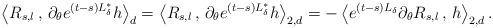
LaTeX: \begin{align*}\left\langle R_{s, l}\, ,\, \partial_{ \theta} e^{ (t-s)L_{ \delta}^{ \ast}}h\right\rangle_{ d} &= \left\langle R_{ s, l}\, ,\, \partial_{ \theta} e^{ (t-s)L_{ \delta}^{ \ast}} h\right\rangle_{ 2, d} = - \left\langle e^{ (t-s) L_{ \delta}}\partial_{ \theta} R_{ s, l}\, ,\, h\right\rangle_{ 2, d}.\end{align*}